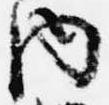
内